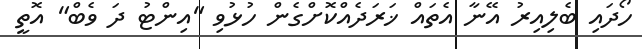
ހޯދައި ބެލިއިރު އޭނާ އެތައް ޚަރަދެއްކޮށްގެން ހުޅުވި "އިންޓު ދަ ވެބް" އޮތީ